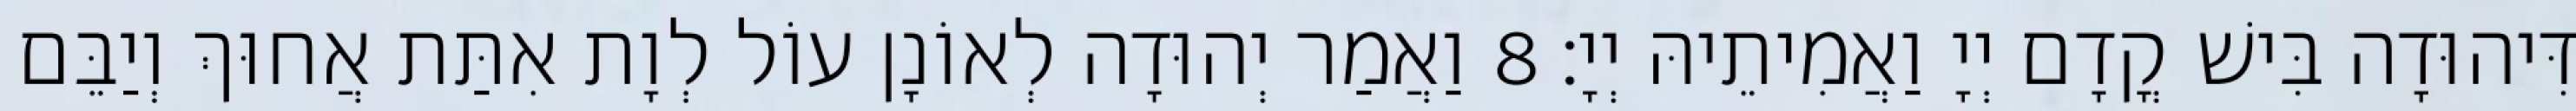
דִּיהוּדָה בִּישׁ קֳדָם יְיָ וַאֲמִיתֵיהּ יְיָ׃ 8 וַאֲמַר יְהוּדָה לְאוֹנָן עוֹל לְוָת אִתַּת אֲחוּךְ וְיַבֵּם